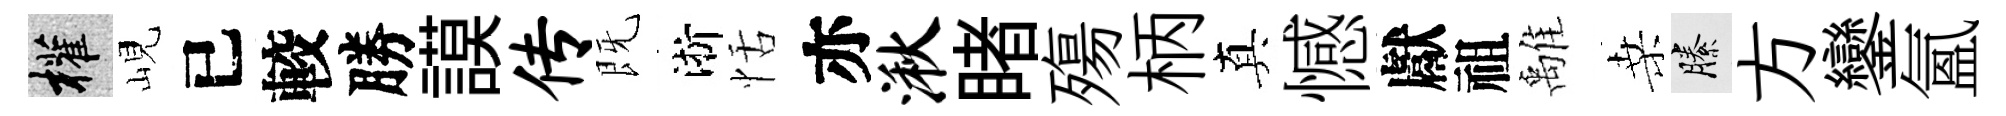
權峴已較勝謨传既淅恬亦湫睹殤柄真憾獻祖𩀌桑縢方鑾氳